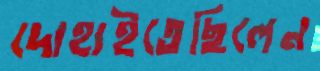
দোহাইতেছিলেন